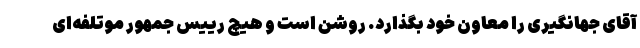
آقای جهانگیری را معاون خود بگذارد. روشن است و هیچ رییس جمهور موتلفه‌ای